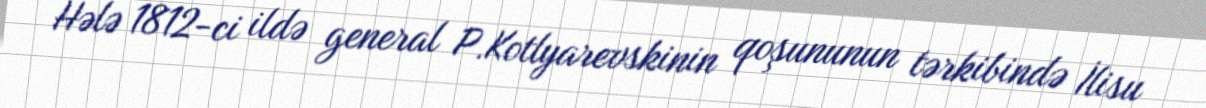
Hələ 1812-ci ildə general P.Kotlyarevskinin qoşununun tərkibində İlisu